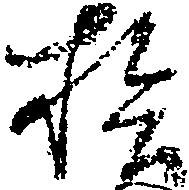
拾